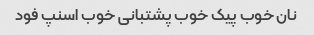
نان خوب پیک خوب پشتبانی خوب اسنپ فود